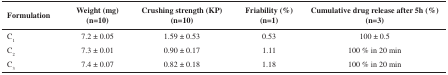
<table><thead><tr><td><b>Formulation</b></td><td><b>Weight (mg)(n=10)</b></td><td><b>Crushing strength (KP)(n=10)</b></td><td><b>Friability (%)(n=1)</b></td><td><b>Cumulative drug release after 5h (%)(n=3)</b></td></tr><tr><td><b>C<sub>1</sub></b></td><td><b>7.2±0.05</b></td><td><b>1.59±0.53</b></td><td><b>0.53</b></td><td><b>100±0.5</b></td></tr></thead><tbody><tr><td>C<sub>2</sub></td><td>7.3±0.01</td><td>0.90±0.17</td><td>1.11</td><td>100 % in 20 min</td></tr><tr><td>C<sub>3</sub></td><td>7.4±0.07</td><td>0.82±0.18</td><td>1.18</td><td>100 % in 20 min</td></tr></tbody></table>